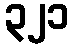
၃၂၁